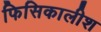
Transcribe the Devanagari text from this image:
फिसिकालीश